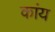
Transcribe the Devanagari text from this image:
कांय